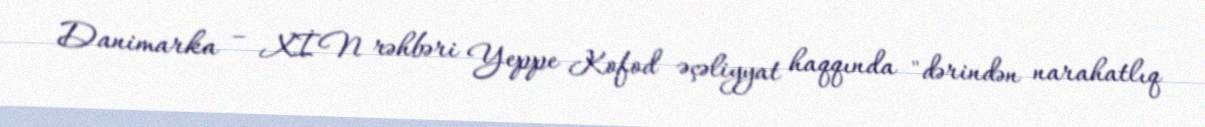
Danimarka – XİN rəhbəri Yeppe Kofod əçəliyyat haqqında "dərindən narahatlıq